Calcutta medical institutions reports 1892-1900
Year: 1892
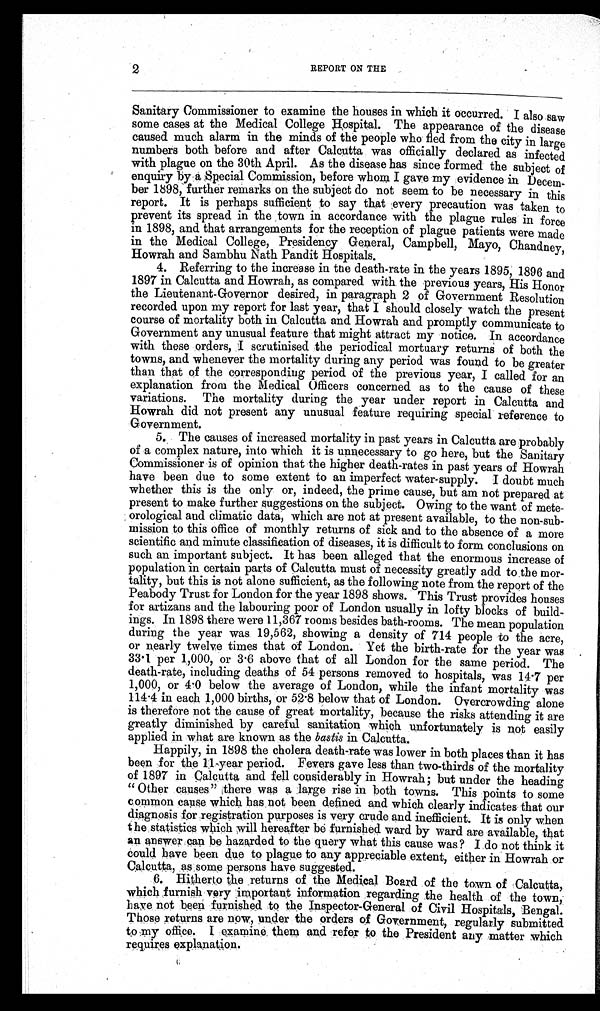
2
REPORT ON THE
-
Sanitary Commissioner to examine the houses in which it occurred. I also saw
some cases at the Medical College Hospital. The appearance of the disease
caused much alarm in the minds of the people who fled from the city in large
numbers both before and after Calcutta was officially declared as infected
with plague on the 30th April. As the disease has since formed the subject of
enquiry by Special Commission, before whom I gave my evidence in Decem-
- b e r 1 8 9 8 , f u r t h e r r e m a r k s o n t h e s u b j e c t d o n o t s e e m t o b e n e c e s s a r y i n t h i s
report. It is perhaps sufficient to say that every precaution was taken to
prevent its spread in the town in accordance with the plague rules in force
in 1898, and that arrangements for the reception of plague patients were made
in the Medical College, Presidency General, Campbell, Mayo, Chandney,
Howrah and Sambhu Nath Pandit Hospitals.
4. Referring to the increase in the death-rate in the years 1895, 1896 and
1897 in Calcutta and Howrah, as compared with the previous years, His Honor
the Lieutenant-Governor desired, in paragraph 2 of Government Resolution
recorded upon my report for last year, that I should closely watch the present
course of mortality both in Calcutta and Howrah and promptly communicate to
Government any unusual feature that might attract my notice. In accordance
with these orders, I scrutinised the periodical mortuary returns of both the
towns, and whenever the mortality during any period was found to be greater
than that of the corresponding period of the previous year, I called for an
explanation from the Medical Officers concerned as to the cause of these
variations. The mortality during the year under report in Calcutta and
Howrah did not present any unusual feature requiring special reference to
Government.
5. The causes of increased mortality in past years in Calcutta are probably
of a complex nature, into which it is unnecessary to go here, but the Sanitary
Commissioner is of opinion that the higher death-rates in past years of Howrah
have been due to some extent to an imperfect water-supply. I doubt much
whether this is the only or, indeed, the prime cause, but am not prepared at
present to make further suggestions on the subject. Owing to the want of mete-
- orological and climatic data, which are not at present available, to the non-sub-
mission to this office of monthly returns of sick and to the absence of a more
scientific and minute classification of diseases, it is difficult to form conclusions on
such an important subject. It has been alleged that the enormous increase of
population in certain parts of Calcutta must of necessity greatly add to the mor-
tality, but this is not alone sufficient, as the following note from the report of the
Peabody Trust for London for the year 1898 shows. This Trust provides houses
for artizans and the labouring poor of London usually in lofty blocks of build-
ings. In 1898 there were 11,367 rooms besides bath-rooms. The mean population
during the year was 19,562, showing a density of 714 people to the acre,
or nearly twelve times that of London. Yet the birth-rate for the year was
33 . 1 per 1,000, or 3 .6 above that of all London for the same period. The
death-rate, including deaths of 54 persons removed to hospitals, was 14.7 per
1,000, or 4 . 0 below the average of London, while the infant mortality was
114 .4 in each 1,000 births, or 52 .8 below that of London. Overcrowding alone
is therefore not the cause of great mortality, because the risks attending it are
greatly diminished by careful sanitation which unfortunately is not easily
applied in what are known as the bastis in Calcutta.
Happily, in 1898 the cholera death-rate was lower in both places than it has
been for the 11-year period. Fevers gave less than two-thirds of the mortality
of 1897 in Calcutta and fell considerably in Howrah; but under the heading
" Other causes" there was a large rise in both towns. This points to some
common cause which has not been defined and which clearly indicates that our
diagnosis for registration purposes is very crude and inefficient. It is only when
the statistics which will hereafter be furnished ward by ward are available, that
an answer can be hazarded to the query what this cause was ? I do not think it
could have been due to plague to any appreciable extent, either in Howrah or
Calcutta, as some persons have suggested.
6. Hitherto the returns of the Medical Board of the town of Calcutta,
which furnish very important information regarding the health of the town,
have not been furnished to the Inspector-General of Civil Hospitals, Bengal.
Those returns are now, under the orders of Government, regularly submitted
to my office. I examine, them and refer to the President any matter which
requires explanation.